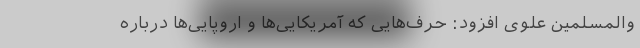
والمسلمین علوی افزود: حرف‌هایی که آمریکایی‌ها و اروپایی‌ها درباره